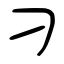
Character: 刁